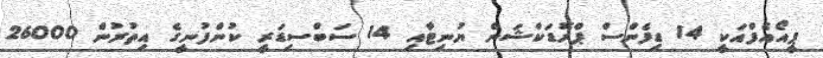
ޕީއޯއެފްއަކީ 14 ޑިފެންސް ޕްރޮޑަކްޝަން ޔުނިޓާއި 14 ސަބްސިޑަރީ ކުންފުނީގެ އިތުރުން 26000